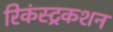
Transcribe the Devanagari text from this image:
रिकंस्ट्रकशन